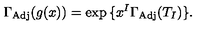
\Gamma _ { \mathrm { A d j } } ( g ( x ) ) = \exp { \{ x ^ { I } \Gamma _ { \mathrm { A d j } } ( T _ { I } ) \} } .